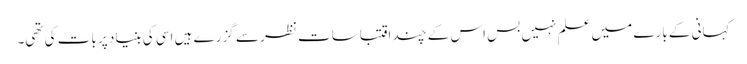
کہانی کے بارے میں علم نہیں بس اس کے چند اقتباسات نظر سے گزرے ہیں اسی کی بنیاد پر بات کی تھی۔